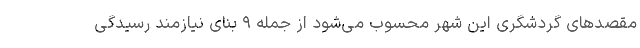
مقصدهای گردشگری این شهر محسوب می‌شود از جمله ۹ بنای نیازمند رسیدگی